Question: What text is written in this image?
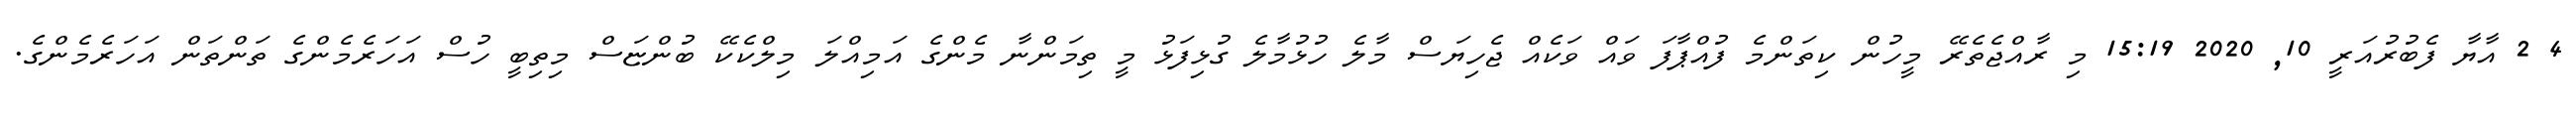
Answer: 4 2 އާޔާ ފެބުރުއަރީ 10, 2020 15:19 މި ރާއްޖެތެރޭ މީހުން ކިތަންމެ ފުއްޕާފަ ވައް ވަކެއް ޖެހިޔަސް މާލެ ހުޅުމާލެ ގުޅިފަޅު މީ ތިމަންނާ މެންގެ އަމިއްލަ މިލްކެކޭ ބުންޏަސް މިތިބީ ހުސް އަހަރެމެންގެ ތަންތަން އަހަރެމެންގެ.